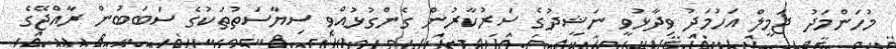
މުހަންމަދު ޖަމީލް އަހުމަދު ވިދާޅުވީ ނަޝީދުގެ ސަރުކާރުން ގެންގުޅުއްވި ސިޔާސަތުތަކުގެ ސަބަބުން ރާއްޖޭގެ